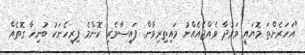
"އަހަރެންތަ މޮޔައީ ވަރުދާ ވެއްޖެއެއްނު މައިތިރިވާން. ފައިސާވެރި ކޮންމެ ފިރިހެނަކު ބުނިހާ ގޮތެއް